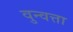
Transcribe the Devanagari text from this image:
वुन्वत्ता